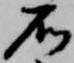
石